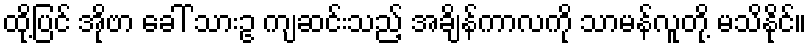
ထို့ပြင် အိုဗာ ခေါ် သားဥ ကျဆင်းသည့် အချိန်ကာလကို သာမန်လူတို့ မသိနိုင်။